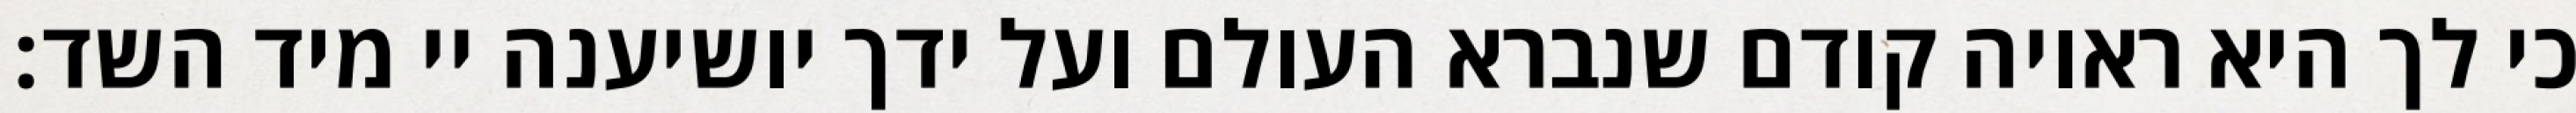
כי לך היא ראויה קודם שנברא העולם ועל ידך יושיענה יי מיד השד: